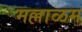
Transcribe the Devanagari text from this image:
मल्लाळम